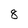
Character: 8